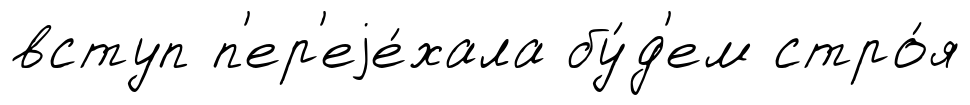
вступ п'ер'еjе́хала бу́д'ем стро́я